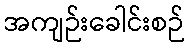
အကျဉ်းခေါင်းစဉ်